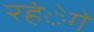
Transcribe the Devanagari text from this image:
रहंेगे